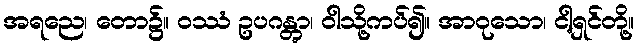
အရညေ၊ တော၌။ ဝဿံ ဥပဂန္တွာ၊ ဝါသို့ကပ်၍။ အာဝုသော၊ ငါ့ရှင်တို့။